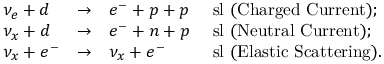
\begin{array} { l l l l l } { { \nu _ { e } + d } } & { { \to } } & { { e ^ { - } + p + p } } & { { \mathrm { { \ s l ~ ( C h a r g e d ~ C u r r e n t ) } ; } } } \\ { { \nu _ { x } + d } } & { { \to } } & { { e ^ { - } + n + p } } & { { \mathrm { { \ s l ~ ( N e u t r a l ~ C u r r e n t ) } ; } } } \\ { { \nu _ { x } + e ^ { - } } } & { { \to } } & { { \nu _ { x } + e ^ { - } } } & { { \mathrm { { \ s l ~ ( E l a s t i c ~ S c a t t e r i n g ) } . } } } \end{array}